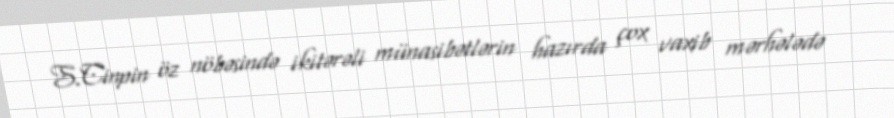
S.Cinpin öz nöbəsində ikitərəli münasibətlərin hazırda çox vaxib mərhələdə